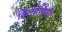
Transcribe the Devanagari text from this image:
क्रिसोपिली